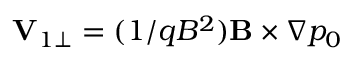
\mathbf { V } _ { 1 \perp } = ( 1 / q B ^ { 2 } ) \mathbf { B } \times \nabla p _ { 0 }